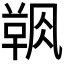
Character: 𲊝